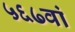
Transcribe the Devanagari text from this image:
५६७वां